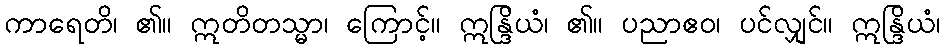
ကာရေတိ၊ ၏။ ဣတိတသ္မာ၊ ကြောင့်။ ဣန္ဒြိယံ၊ ၏။ ပညာဧဝ၊ ပင်လျှင်။ ဣန္ဒြိယံ၊